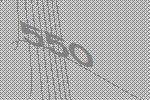
550